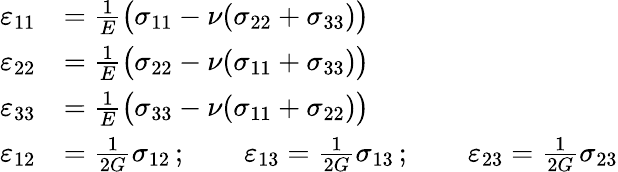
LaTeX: {\begin{array}{rl}{\varepsilon_{11}}&{={\frac{1}{E}}{\big(}\sigma_{11}-\nu(\sigma_{22}+\sigma_{33}){\big)}}\\ {\varepsilon_{22}}&{={\frac{1}{E}}{\big(}\sigma_{22}-\nu(\sigma_{11}+\sigma_{33}){\big)}}\\ {\varepsilon_{33}}&{={\frac{1}{E}}{\big(}\sigma_{33}-\nu(\sigma_{11}+\sigma_{22}){\big)}}\\ {\varepsilon_{12}}&{={\frac{1}{2G}}\sigma_{12}\, ;\qquad\varepsilon_{13}={\frac{1}{2G}}\sigma_{13}\, ;\qquad\varepsilon_{23}={\frac{1}{2G}}\sigma_{23}}\end{array}}